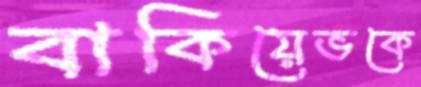
বাকিয়েভকে